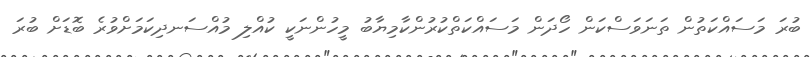
ބުރަ މަސައްކަތުން ތަނަވަސްކަން ހޯދަން މަސައްކަތްކުރުންކާމިޔާބު މީހުންނަކީ ކުއްލި މުއްސަނދިކަމަށްވުރެ ބޮޑަށް ބުރަ